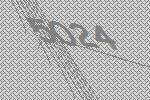
5024